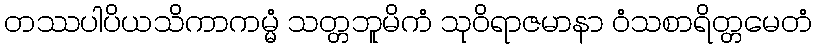
တဿပါပိယသိကာကမ္မံ သတ္တဘူမိကံ သုဝိရာဇမာနာ ဝံသစာရိတ္တမေတံ